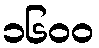
၁၆၀၀